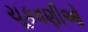
ચૂકવણીઓ